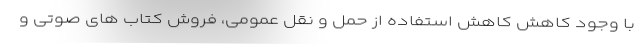
با وجود کاهش کاهش استفاده از حمل و نقل عمومی، فروش کتاب های صوتی و